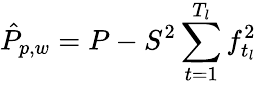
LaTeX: \hat{P}_{p,w}=P-S^{2}\sum_{t=1}^{T_{l}}f_{t_{l}}^{2}